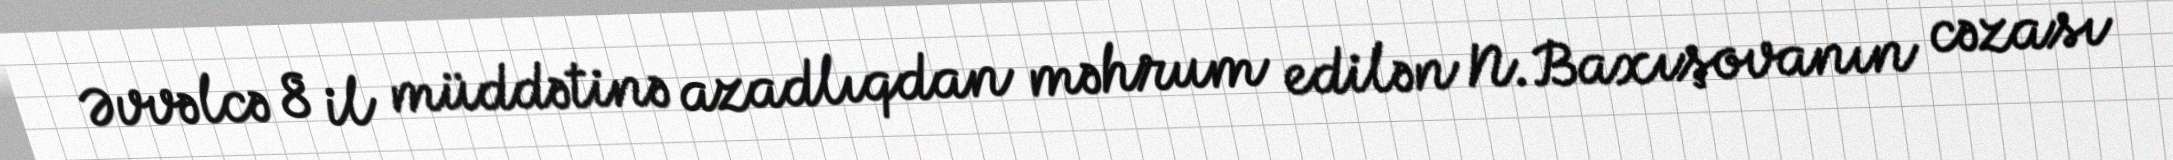
Əvvəlcə 8 il müddətinə azadlıqdan məhrum edilən N.Baxışovanın cəzası